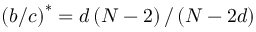
\left( b / c \right) ^ { \ast } = d \left( N - 2 \right) / \left( N - 2 d \right)